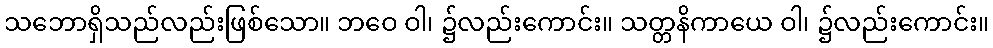
သဘောရှိသည်လည်းဖြစ်သော။ ဘဝေ ဝါ၊ ၌လည်းကောင်း။ သတ္တနိကာယေ ဝါ၊ ၌လည်းကောင်း။